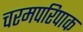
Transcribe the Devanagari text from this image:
चरमपरिपाक